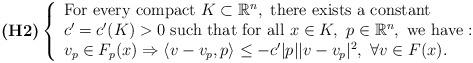
LaTeX: \begin{align*}\mbox{\textbf{(H2)}}\left\{\begin{array}{l}\mbox{For every compact } K \subset \mathbb{R}^n, \mbox{ there exists a constant }\\ c'=c'(K)>0 \mbox{ such that for all } x \in K,\ p \in \mathbb{R}^n,\mbox{ we have}: \\v_p\in F_p(x) \Rightarrow \langle v- v_p ,p \rangle \leq - c' | p | |v-v_p|^{2},\ \forall v \in F(x).\end{array}\right.\end{align*}